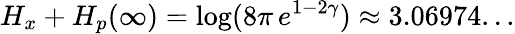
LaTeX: H_{x}+H_{p}(\infty)=\log(8\pi\, e^{1-2\gamma})\approx 3.06974...